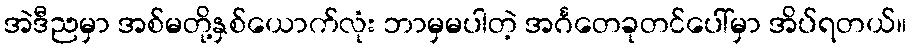
အဲဒီညမှာ အစ်မတို့နှစ်ယောက်လုံး ဘာမှမပါတဲ့ အင်္ဂတေခုတင်ပေါ်မှာ အိပ်ရတယ်။